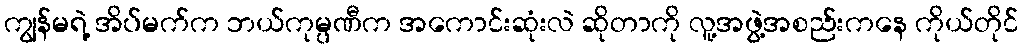
ကျွန်မရဲ့ အိပ်မက်က ဘယ်ကုမ္ပဏီက အကောင်းဆုံးလဲ ဆိုတာကို လူ့အဖွဲ့အစည်းကနေ ကိုယ်တိုင်